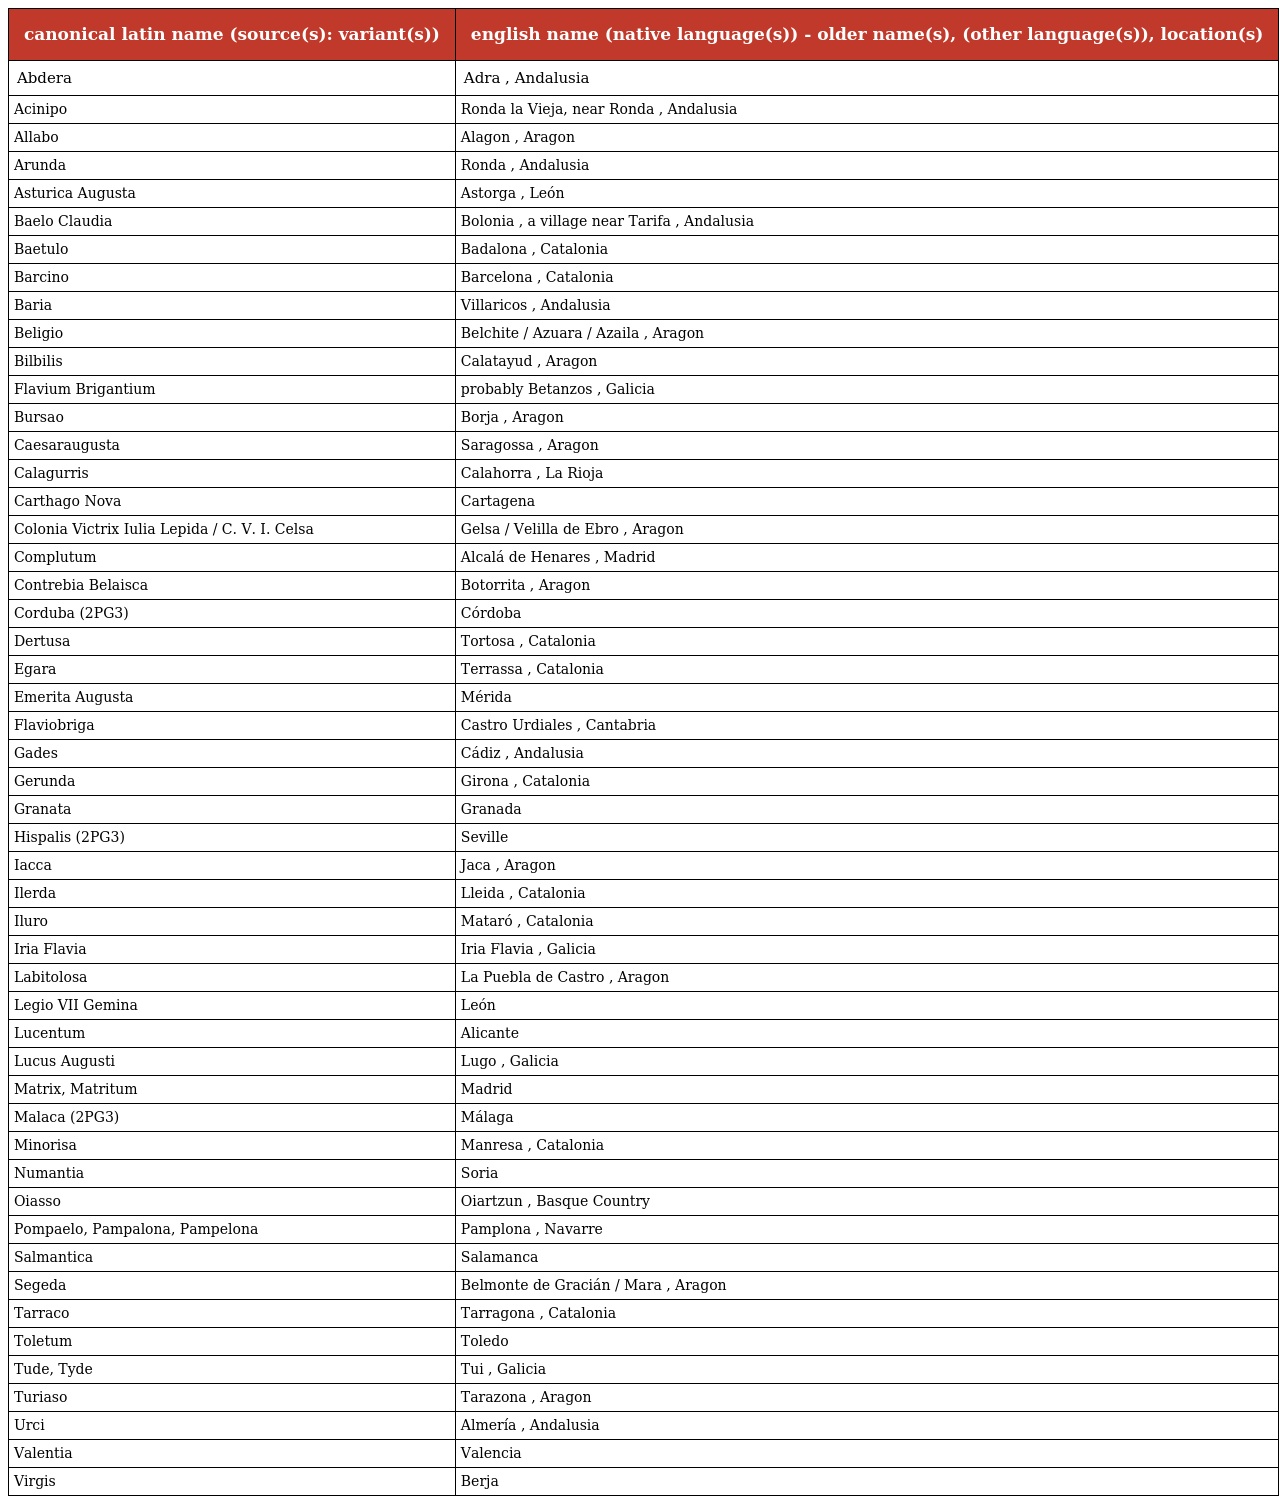
| canonical latin name (source(s): variant(s)) | english name (native language(s)) - older name(s), (other language(s)), location(s) |
 | --- | --- |
 | Abdera | Adra , Andalusia |
 | Acinipo | Ronda la Vieja, near Ronda , Andalusia |
 | Allabo | Alagon , Aragon |
 | Arunda | Ronda , Andalusia |
 | Asturica Augusta | Astorga , León |
 | Baelo Claudia | Bolonia , a village near Tarifa , Andalusia |
 | Baetulo | Badalona , Catalonia |
 | Barcino | Barcelona , Catalonia |
 | Baria | Villaricos , Andalusia |
 | Beligio | Belchite / Azuara / Azaila , Aragon |
 | Bilbilis | Calatayud , Aragon |
 | Flavium Brigantium | probably Betanzos , Galicia |
 | Bursao | Borja , Aragon |
 | Caesaraugusta | Saragossa , Aragon |
 | Calagurris | Calahorra , La Rioja |
 | Carthago Nova | Cartagena |
 | Colonia Victrix Iulia Lepida / C. V. I. Celsa | Gelsa / Velilla de Ebro , Aragon |
 | Complutum | Alcalá de Henares , Madrid |
 | Contrebia Belaisca | Botorrita , Aragon |
 | Corduba (2PG3) | Córdoba |
 | Dertusa | Tortosa , Catalonia |
 | Egara | Terrassa , Catalonia |
 | Emerita Augusta | Mérida |
 | Flaviobriga | Castro Urdiales , Cantabria |
 | Gades | Cádiz , Andalusia |
 | Gerunda | Girona , Catalonia |
 | Granata | Granada |
 | Hispalis (2PG3) | Seville |
 | Iacca | Jaca , Aragon |
 | Ilerda | Lleida , Catalonia |
 | Iluro | Mataró , Catalonia |
 | Iria Flavia | Iria Flavia , Galicia |
 | Labitolosa | La Puebla de Castro , Aragon |
 | Legio VII Gemina | León |
 | Lucentum | Alicante |
 | Lucus Augusti | Lugo , Galicia |
 | Matrix, Matritum | Madrid |
 | Malaca (2PG3) | Málaga |
 | Minorisa | Manresa , Catalonia |
 | Numantia | Soria |
 | Oiasso | Oiartzun , Basque Country |
 | Pompaelo, Pampalona, Pampelona | Pamplona , Navarre |
 | Salmantica | Salamanca |
 | Segeda | Belmonte de Gracián / Mara , Aragon |
 | Tarraco | Tarragona , Catalonia |
 | Toletum | Toledo |
 | Tude, Tyde | Tui , Galicia |
 | Turiaso | Tarazona , Aragon |
 | Urci | Almería , Andalusia |
 | Valentia | Valencia |
 | Virgis | Berja |